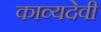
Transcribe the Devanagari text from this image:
काव्यदेवी